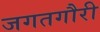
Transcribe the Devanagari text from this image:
जगतगौरी